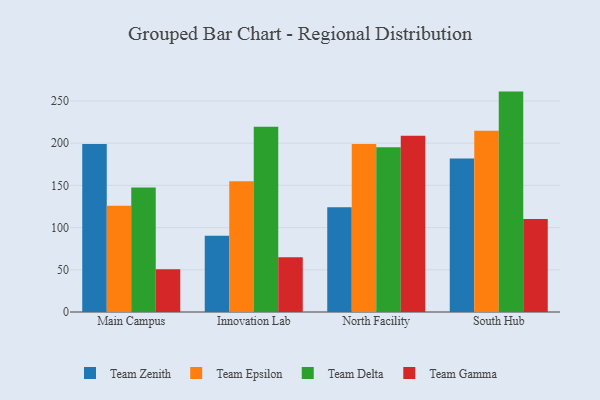
{"axis": {"x": "Campus", "y": "Population (Million)"}, "legend": ["Team Delta", "Team Epsilon", "Team Gamma", "Team Zenith"], "data": [{"x": "Main Campus", "y": 199.1, "type": "Team Zenith"}, {"x": "Main Campus", "y": 126.0, "type": "Team Epsilon"}, {"x": "Main Campus", "y": 147.5, "type": "Team Delta"}, {"x": "Main Campus", "y": 50.7, "type": "Team Gamma"}, {"x": "Innovation Lab", "y": 90.4, "type": "Team Zenith"}, {"x": "Innovation Lab", "y": 154.8, "type": "Team Epsilon"}, {"x": "Innovation Lab", "y": 219.5, "type": "Team Delta"}, {"x": "Innovation Lab", "y": 65.0, "type": "Team Gamma"}, {"x": "North Facility", "y": 124.2, "type": "Team Zenith"}, {"x": "North Facility", "y": 198.9, "type": "Team Epsilon"}, {"x": "North Facility", "y": 195.1, "type": "Team Delta"}, {"x": "North Facility", "y": 208.9, "type": "Team Gamma"}, {"x": "South Hub", "y": 181.7, "type": "Team Zenith"}, {"x": "South Hub", "y": 214.6, "type": "Team Epsilon"}, {"x": "South Hub", "y": 261.1, "type": "Team Delta"}, {"x": "South Hub", "y": 110.2, "type": "Team Gamma"}]}